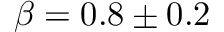
\beta = 0 . 8 \pm 0 . 2